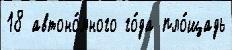
18 автоно́много го́да пло́щадь